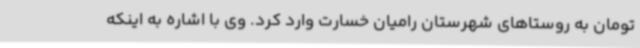
تومان به روستاهای شهرستان رامیان خسارت وارد کرد. وی با اشاره به اینکه